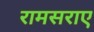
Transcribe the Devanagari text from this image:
रामसराए